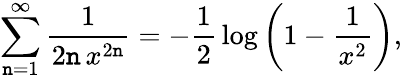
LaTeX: \sum_{\mathtt{n}=1}^{\infty}{\frac{{1}}{{2\mathtt{n}\, x^{2\mathtt{n}}}}}=-{\frac{{1}}{{2}}}\log\left(1-{\frac{{1}}{{x^{2}}}}\right),